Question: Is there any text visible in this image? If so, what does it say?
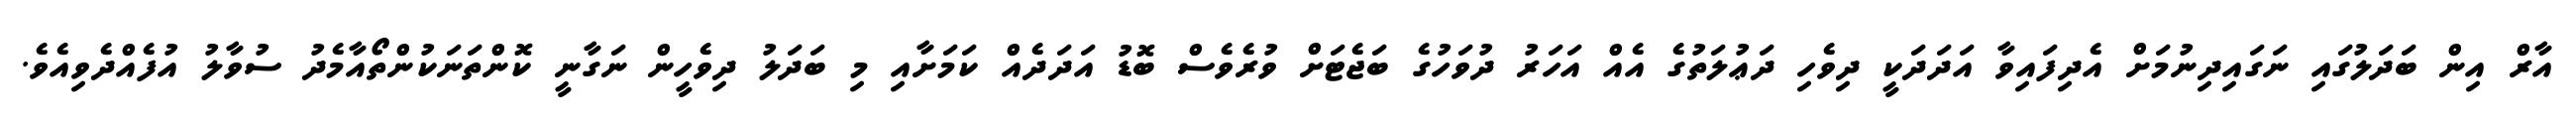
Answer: އާރް އިން ބަދަލުގައި ނަގައިދިނުމަށް އެދިފައިވާ އަދަދަކީ ދިވެހި ދަޢުލަތުގެ އެއް އަހަރު ދުވަހުގެ ބަޖެޓަށް ވުރެވެސް ބޮޑު އަދަދެއް ކަމަށާއި މި ބަދަލު ދިވެހީން ނަގާނީ ކޮންތަނަކުންތޯއާމެދު ސުވާލު އުފެއްދެވިއެވެ.